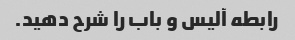
رابطه آلیس و باب را شرح دهید.